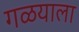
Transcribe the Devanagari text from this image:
गळयाला